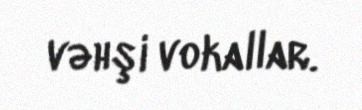
vəhşi vokallar.